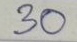
30